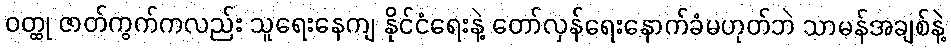
ဝတ္ထု ဇာတ်ကွက်ကလည်း သူရေးနေကျ နိုင်ငံရေးနဲ့ တော်လှန်ရေးနောက်ခံမဟုတ်ဘဲ သာမန်အချစ်နဲ့